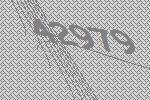
42979